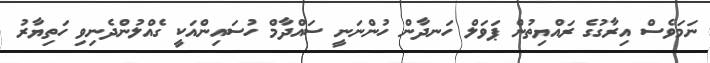
ނަމަވެސް އިރާގުގެ ރައްޔިތުން ޕަވަލް ހަނދާން ހުންނަނީ ސައްދާމް ހުސައިންއަކީ ގެއްލުންދެނިވި ހަތިޔާރު